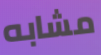
مشابه